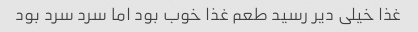
غذا خیلی دیر رسید طعم غذا خوب بود اما سرد سرد بود